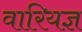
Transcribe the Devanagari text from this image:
वारियज्ञ